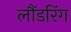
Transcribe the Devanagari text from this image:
लौंडरिंग